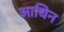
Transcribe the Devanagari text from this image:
आधिन